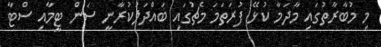
މި މުބާރާތުގައި މާދަމާ ކުޅޭ ފުރަތަމަ މެޗުގައި ބައްދަލުކުރާނީ ސަން ޓީމާއި ސްޓާ